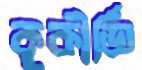
কুকীর্তি